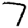
Digit: 7